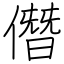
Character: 僭